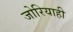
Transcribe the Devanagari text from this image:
जोरियाही